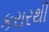
કરારથી